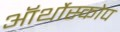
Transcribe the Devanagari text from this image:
ऑर्थोस्कोप